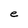
Character: e